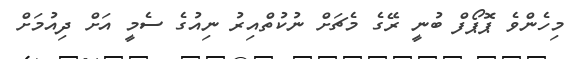
މިހެންވެ ޕޮޕޯފް ބުނީ ރޭގެ މެޗަށް ނުކުތްއިރު ނިއުގެ ސެމީ އަށް ދިއުމަށް